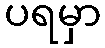
ပရမှာ